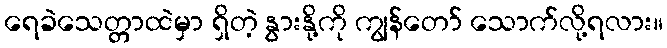
ရေခဲသေတ္တာထဲမှာ ရှိတဲ့ နွားနို့ကို ကျွန်တော် သောက်လို့ရလား။